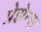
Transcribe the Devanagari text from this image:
प्रेझेन्स